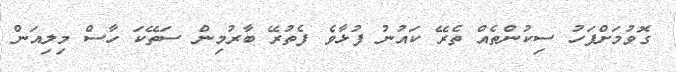
ގޮވުމަށްފަހު ސިކުންތެއް ތެރޭ ކައުނު ފުޅާވެ ފެތުރޭ ބާރުމިން ސަތޭކަ ހާސް މިލިއަން